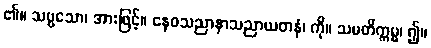
၏။ သဗ္ဗသော၊ အားဖြင့်။ နေဝသညာနာသညာယတနံ၊ ကို။ သမတိက္ကမ္မ၊ ၍။